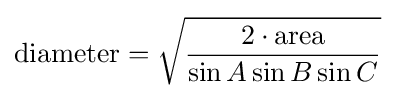
{\text{diameter}}={\sqrt {\frac {2\cdot {\text{area}}}{\sin A\sin B\sin C}}}